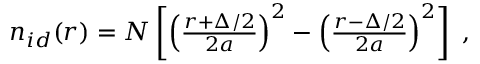
\begin{array} { r } { n _ { i d } ( r ) = N \left[ \left( \frac { r + \Delta / 2 } { 2 a } \right) ^ { 2 } - \left( \frac { r - \Delta / 2 } { 2 a } \right) ^ { 2 } \right] ~ , } \end{array}